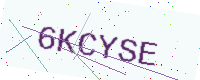
Text: 6KCYSE